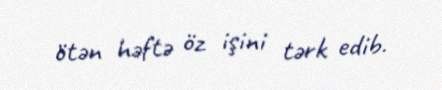
ötən həftə öz işini tərk edib.